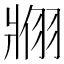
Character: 𬌇